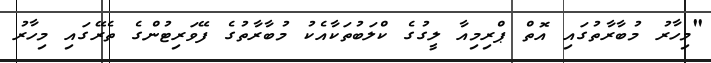
"މިހާރު މުބާރާތުގައި އޮތް ޕްރިމިއާ ލީގުގެ ކްލަބުތަކާއެކު މުބާރާތުގެ ފޭވަރިޓުންގެ ތެރޭގައި މިހާރު